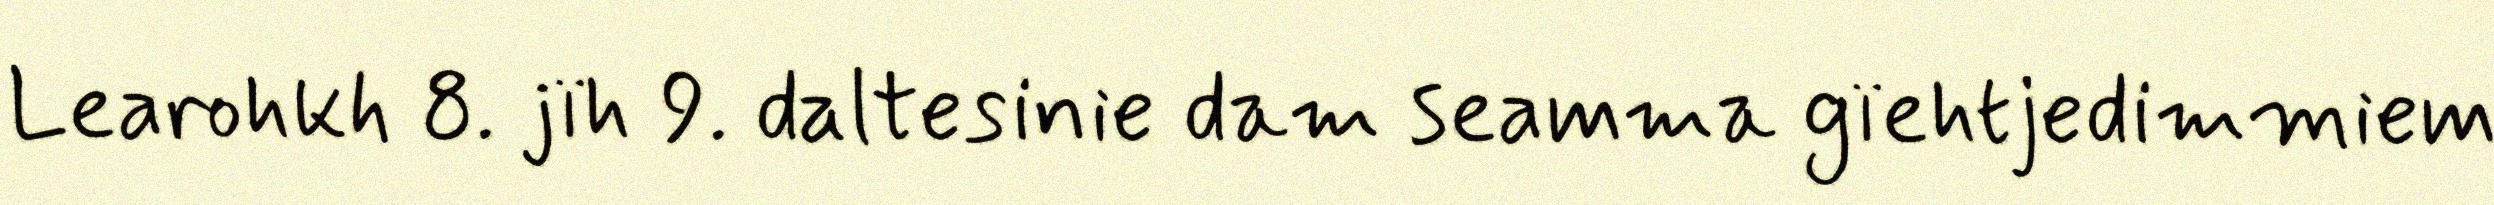
Learohkh 8. jïh 9. daltesinie dam seamma gïehtjedimmiem